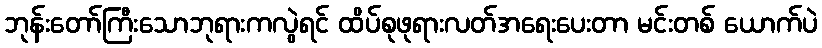
ဘုန်းတော်ကြီးသောဘုရားကလွဲရင် ထိပ်စုဖုရားလတ်အရေးပေးတာ မင်းတစ် ယောက်ပဲ